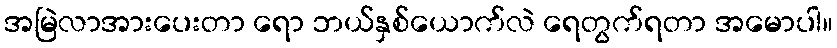
အမြဲလာအားပေးတာ ရော ဘယ်နှစ်ယောက်လဲ ရေတွက်ရတာ အမောပါ။